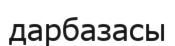
дарбазасы